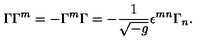
\Gamma \Gamma ^ { m } = - \Gamma ^ { m } \Gamma = - \frac { 1 } { \sqrt { - g } } \epsilon ^ { m n } \Gamma _ { n } .